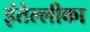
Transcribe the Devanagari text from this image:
इंतेल्लीका